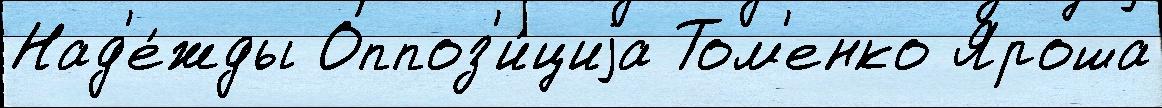
Над'е́жды Оппоз'и́циjа Том'енко Яроша